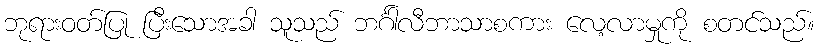
ဘုရားဝတ်ပြု ပြီးသောအခါ သူသည် ဘင်္ဂါလီဘာသာစကား လေ့လာမှုကို စတင်သည်။